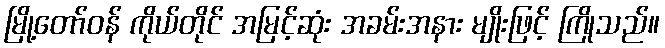
မြို့တော်ဝန် ကိုယ်တိုင် အမြင့်ဆုံး အခမ်းအနား မျိုးဖြင့် ကြိုသည်။